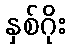
နှစ်ဂိုး